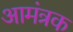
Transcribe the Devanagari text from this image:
आमंत्रक